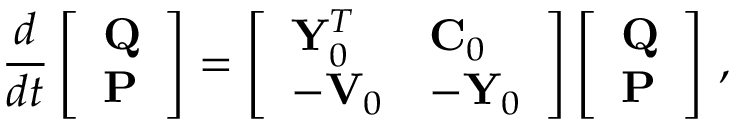
\frac { d } { d t } \left[ \begin{array} { l } { \mathbf { Q } } \\ { \mathbf { P } } \end{array} \right] = \left[ \begin{array} { l l } { { \bf Y } _ { 0 } ^ { T } } & { { \bf C } _ { 0 } } \\ { - \mathbf { V } _ { 0 } } & { - { \bf Y } _ { 0 } } \end{array} \right] \left[ \begin{array} { l } { \mathbf { Q } } \\ { \mathbf { P } } \end{array} \right] \, ,